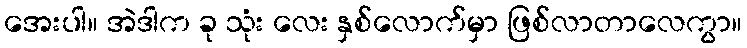
အေးပါ။ အဲဒါက ခု သုံး လေး နှစ်လောက်မှာ ဖြစ်လာတာလေကွာ။